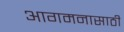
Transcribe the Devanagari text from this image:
आगमनासाठी